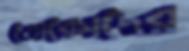
তোরেসদের